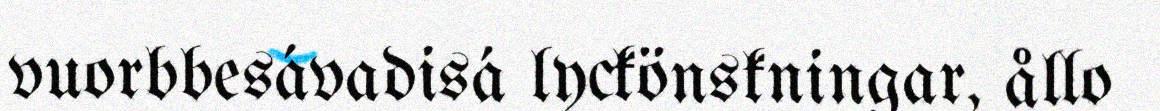
vuorbbesávadisá lyckönskningar, ållo